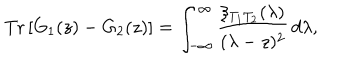
\mathrm { T r } \left[ G _ { 1 } ( z ) - G _ { 2 } ( z ) \right] = \int _ { - \infty } ^ { \infty } \frac { \xi _ { T _ { 1 } T _ { 2 } } ( \lambda ) } { ( \lambda - z ) ^ { 2 } } \, d \lambda ,